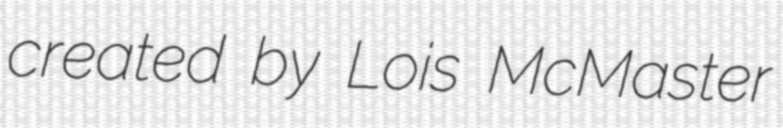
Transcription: created by Lois McMaster